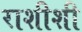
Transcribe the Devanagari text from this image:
राशीशी